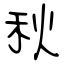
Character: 秋